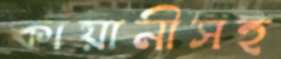
কায়ানীসহ